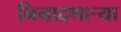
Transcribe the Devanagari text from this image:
निनादणाऱ्या